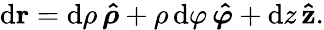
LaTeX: \mathrm{d}\mathbf{r}=\mathrm{d}\rho\, {\boldsymbol{\hat{\rho}}}+\rho\, \mathrm{d}\varphi\, {\boldsymbol{\hat{\varphi}}}+\mathrm{d}z\, \mathbf{\hat{z}}.